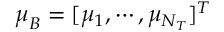
\boldsymbol \mu _ { B } = [ \mu _ { 1 } , \cdots , \mu _ { N _ { T } } ] ^ { T }